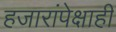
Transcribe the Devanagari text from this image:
हजारांपेक्षाही